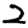
Digit: 2